Medical and sanitary report on the native army of Bombay for the year
Year: 1879
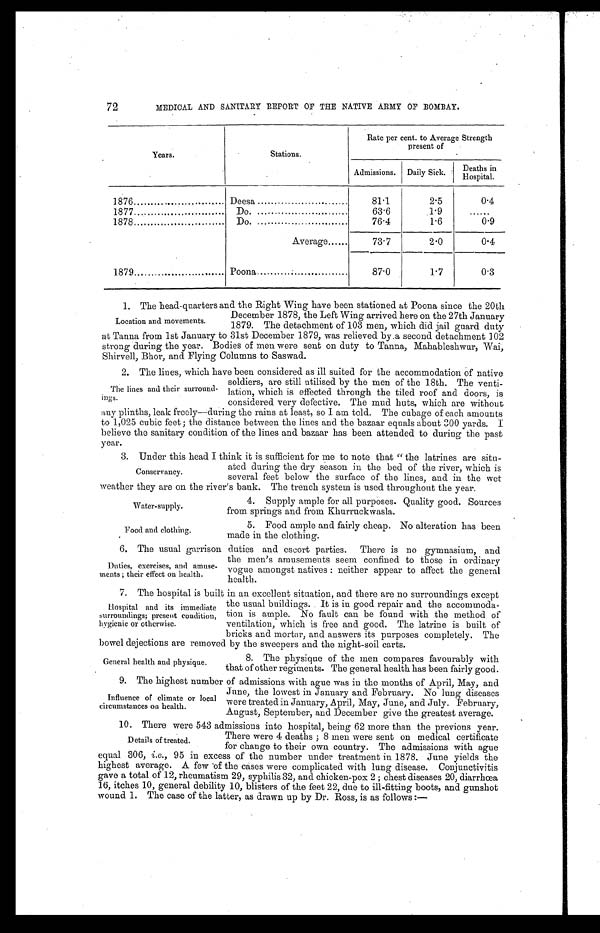
Water-supply.
Food and clothing.
MEDICAL AND SANITARY REPORT OF THE NATIVE ARMY OF BOMBAY.
Years.
Stations.
Rate per cent. to Average Strength
present of
Admissions. Daily Sick.
Deaths i n
H o s p i t a l .
1876 . . .
Deesa . . .
81.1
2.5
0.4
1877 . . .
Do. . . .
63.6
1.9
. . .
1878 . . .
Do. . . .
76.4
1.6
0.9
Average . . .
73.7
2.0
0.4
1879 . . .
Poona . . .
87.0
1.7
0.3
1. The head-quarters and the Right Wing have been stationed at Poona since the 20th
December 1878, the Left Wing arrived here on the 27th January
1879. The detachment of 103 men, which did jail guard duty
at Tanna from 1st January to 31st December 1879, was relieved by a second detachment 102
strong during the year. Bodies of men were sent on duty to Tanna, Mahableshwur, Wai,
Shirvell, Bhor, and Flying Columns to Saswad.
2. The lines, which have been considered as ill suited for the accommodation of native
soldiers, are still utilised by the men of the 18th. The venti
-lation, which is effected through the tiled roof and doors, is
considered very defective. The mud huts, which are without
any plinths, leak freely—during the rains at least, so I am told. The cubage of each amounts
to 1,025 cubic feet ; the distance between the lines and the bazaar equals about 300 yards. I
believe the sanitary condition of the lines and bazaar has been attended to during the past
year.
3. Under this head I think it is sufficient for me to note that "the latrines are situ
-ated during the dry season in the bed of the river, which is
several feet below the surface of the lines, and in the wet
weather they are on the river's bank. The trench system is used throughout the year.
4. Supply ample for all purposes. Quality good. Sources
from springs and from Khurruckwasla.
5. Food ample and fairly cheap. No alteration has been
made in the clothing.
6. The usual garrison duties and escort parties. There is no gymnasium, and
the men's amusements seem confined to those in ordinary
vogue amongst natives : neither appear to affect the general
health.
7. The hospital is built in an excellent situation, and there are no surroundings except
the usual buildings. It is in good repair and the accommoda
-tion is ample. No fault can be found with the method of
ventilation, which is free and good. The latrine is built of
bricks and mortar, and answers its purposes completely. The
bowel defections are removed by the sweepers and the night-soil carts.
72
Location and movements.
The lines and their surround
-ings.
Conservancy.
Duties, exercises, and amuse
-ments ; their effect on health.
Hospital and its immediate
surroundings; present condition,
hygienic or otherwise.
General health and physique.
8. The physique of the men compares favourably with
that of other regiments. The general health has been fairly good.
9 . T h e h i g h e s t n u m b e r o f a d m i s s i o n s w i t h a g u ew
a s
i n t h e m o n t h s o f A p r i l , M a y , a n d
June, the lowest in January and February. No lung diseases
were treated in January, April, May, June, and July. February,
August, September, and December give the greatest average.
10. There were 543 admissions into hospital, being 62 more than the previous year.
There were 4 deaths ; 8 men were sent on medical certificate
for change to their own country. The admissions with ague
equal 306, i . e ., 95 in excess of the number under treatment in 1878. June yields the
highest average. A few of the cases were complicated with lung disease. Conjunctivitis
gave a total of 12, rheumatism 29, syphilis 32, and chicken-pox 2 ; chest diseases 20, diarrhœa
16, itches 10, general debility 10, blisters of the feet 22, due to ill-fitting boots, and gunshot
wound 1. The case of the latter, as drawn up by Dr. Ross, is as follows :—
Influence of climate or local
circumstances on health.
Details of treated.